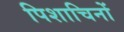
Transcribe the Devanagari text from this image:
पिशाचिनों